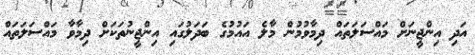
އަދި އިންޖީނަށް މައްސަލަތައް ދިމާވުމުން މާލެ އައުމުގެ ބަދަލުގައި އިންޖީނުތަކަށް ދިމާވާ މައްސަލަތައް